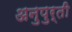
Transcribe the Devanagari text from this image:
अनुपुर्ती